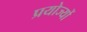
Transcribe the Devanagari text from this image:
प्रयोज्यों